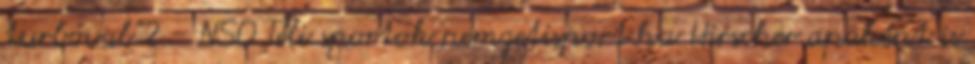
turbóval”? - NSO Téli sportok nemzetisport.hu Hirscher apaként is